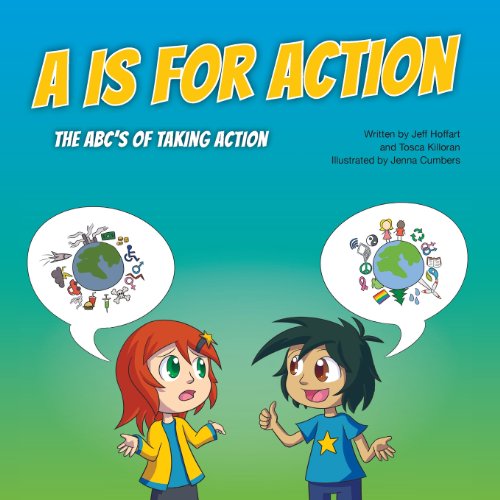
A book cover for A is for Action: The ABC's of Taking Action; Jeff Hoffart; Business & Money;